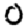
Digit: 0